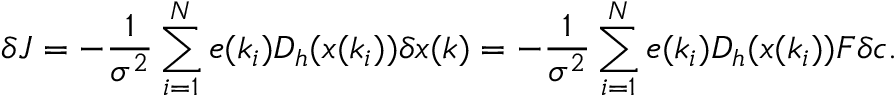
\delta J = - \frac { 1 } { \sigma ^ { 2 } } \sum _ { i = 1 } ^ { N } e ( k _ { i } ) D _ { h } ( x ( k _ { i } ) ) \delta x ( k ) = - \frac { 1 } { \sigma ^ { 2 } } \sum _ { i = 1 } ^ { N } e ( k _ { i } ) D _ { h } ( x ( k _ { i } ) ) F \delta c .